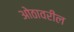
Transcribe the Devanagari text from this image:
ओठावरील